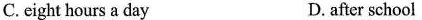
C.eight hours a day D. after school